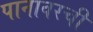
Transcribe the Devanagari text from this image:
पानावरची